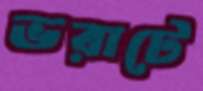
ভরাটে